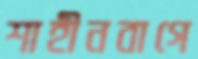
শাহীনবাগে